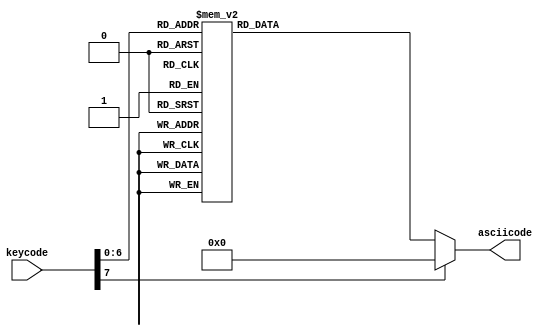
//***************************************************************
// Email: 
// Created Time: 23.5.20
// Description: 
// Revision history:
//***************************************************************

module keycode2ascii(
    input      [7:0] keycode   ,
    output reg [6:0] asciicode
);

    always @* begin
        case(keycode)
            8'h45: asciicode = 7'h30; // 0, 7'd48
            8'h16: asciicode = 7'h31; // 1, 7'd49
            8'h1E: asciicode = 7'h32; // 2, 7'd50
            8'h26: asciicode = 7'h33; // 3, 7'd51
            8'h25: asciicode = 7'h34; // 4, 7'd52
            8'h2E: asciicode = 7'h35; // 5, 7'd53
            8'h36: asciicode = 7'h36; // 6, 7'd54
            8'h3D: asciicode = 7'h37; // 7, 7'd55
            8'h3E: asciicode = 7'h38; // 8, 7'd56
            8'h46: asciicode = 7'h39; // 9, 7'd57

            8'h1C: asciicode = 7'h61; // a, 7'd97
            8'h32: asciicode = 7'h62; // b, 7'd98
            8'h21: asciicode = 7'h63; // c, 7'd99
            8'h23: asciicode = 7'h64; // d, 7'd100
            8'h24: asciicode = 7'h65; // e, 7'd101
            8'h2B: asciicode = 7'h66; // f, 7'd102
            8'h34: asciicode = 7'h67; // g, 7'd103
            8'h33: asciicode = 7'h68; // h, 7'd104
            8'h43: asciicode = 7'h69; // i, 7'd105
            8'h3B: asciicode = 7'h6A; // j, 7'd106
            8'h42: asciicode = 7'h6B; // k, 7'd107
            8'h4B: asciicode = 7'h6C; // l, 7'd108
            8'h3A: asciicode = 7'h6D; // m, 7'd109
            8'h31: asciicode = 7'h6E; // n, 7'd110
            8'h44: asciicode = 7'h6F; // o, 7'd111
            8'h4D: asciicode = 7'h70; // p, 7'd112
            8'h15: asciicode = 7'h71; // q, 7'd113
            8'h2D: asciicode = 7'h72; // r, 7'd114
            8'h1B: asciicode = 7'h73; // s, 7'd115
            8'h2C: asciicode = 7'h74; // t, 7'd116
            8'h3C: asciicode = 7'h75; // u, 7'd117
            8'h2A: asciicode = 7'h76; // v, 7'd118
            8'h1D: asciicode = 7'h77; // w, 7'd119
            8'h22: asciicode = 7'h78; // x, 7'd120
            8'h35: asciicode = 7'h79; // y, 7'd121
            8'h1A: asciicode = 7'h7A; // z, 7'd122

            default: asciicode = 7'h0;

        endcase
    end

endmodule